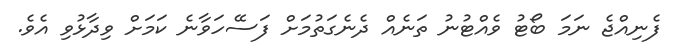
ފެނިއްޖެ ނަމަ ބޯޓު ވެއްޓުނު ތަނެއް ދެނެގަތުމަށް ފަސޭހަވާނެ ކަމަށް ވިދާޅުވި އެވެ.